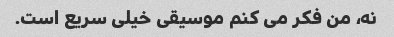
نه، من فکر می کنم موسیقی خیلی سریع است.